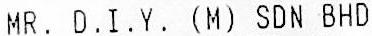
MR. D.I.Y. (M) SDN BHD